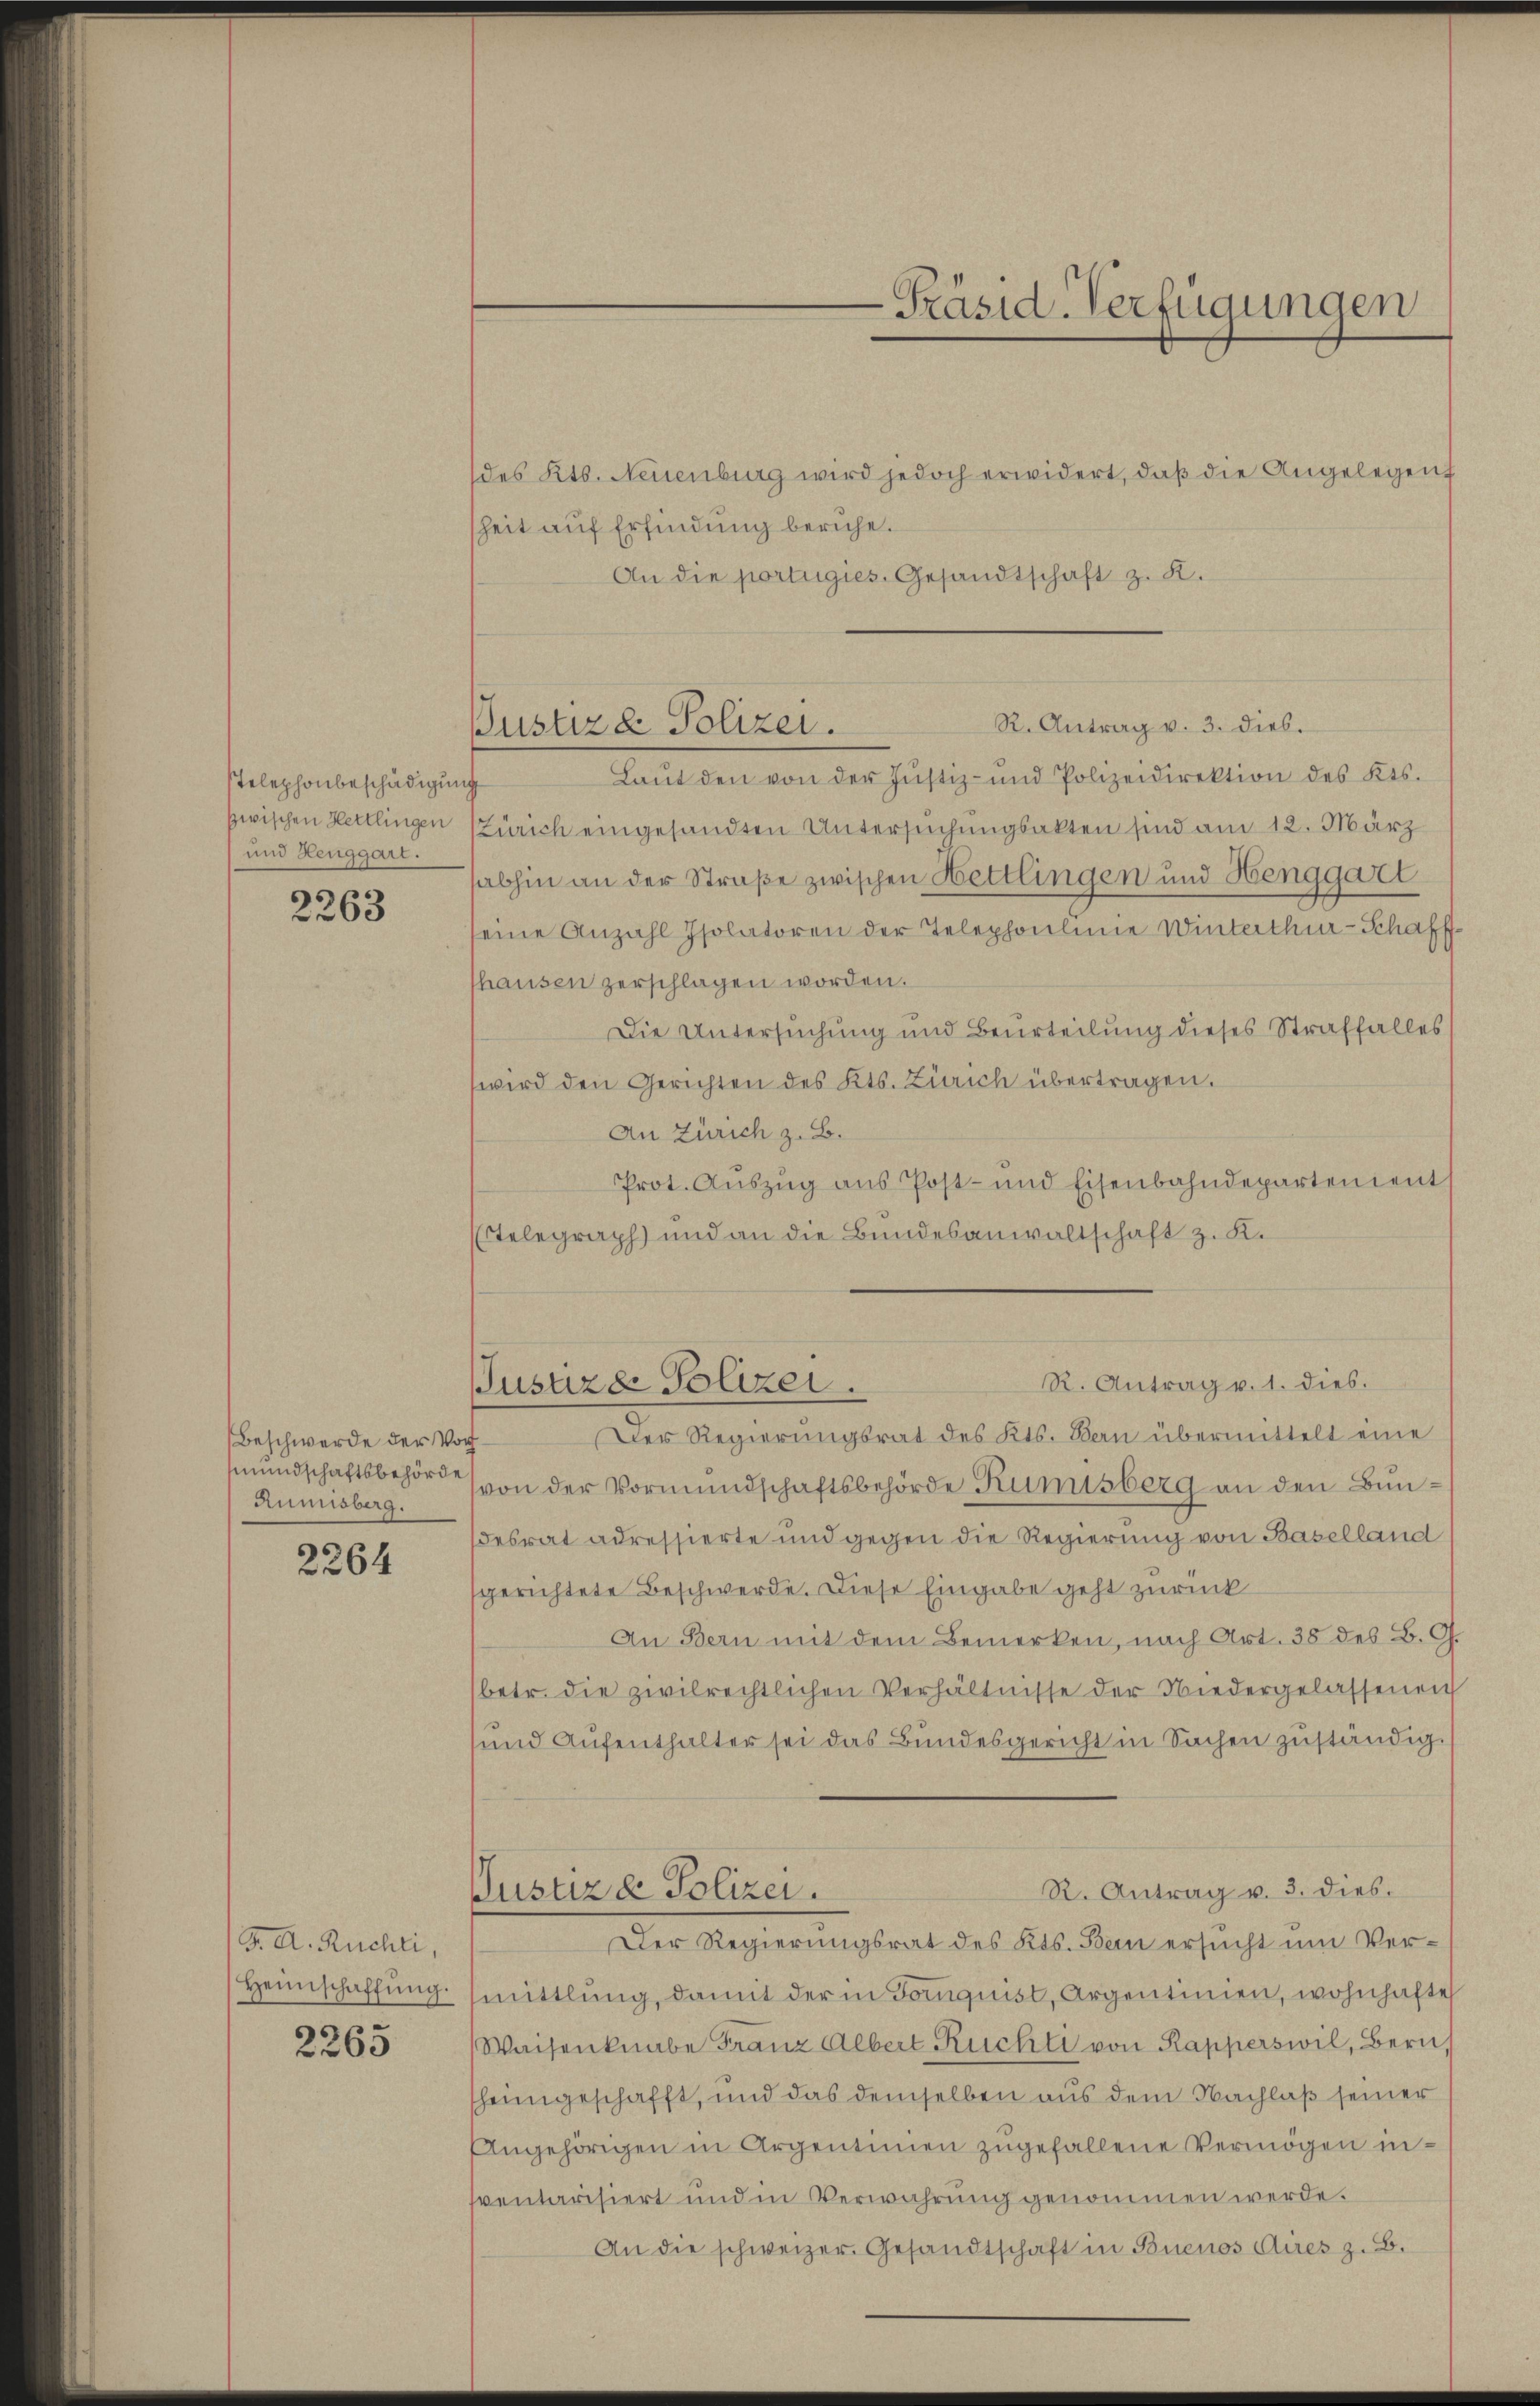
Telephonbeschädigung
zwischen Hettlingen
und Henggart.

2263

Beschwerde der Vor¬
Mundschaftsbehörde
Rumisberg.

2264

J. A. Ruchti,
Heimschaffŭng.

2265

Bustiz & Polizei.

-Präsid-Verfügungen

des Kts. Neuenburg wird jedoch erwidert, daβ die Angelegen
sheit auf Erfindung beruhe.
An die portugies. Gesandtschaft z. K.
R. Antrag v. 3. dieb.
Laŭt den von der Justiz- und Polizeidirektion des Kts.
Zürich eingesandten Untersuchungsakten sind am 12. März
abhin an der Straße zwischen Hettlingen und Henggart
seine Anzahl Isolatoren der Telephoulinie Winterthur-Schaffhausen zerschlagen worden.
Die Untersuchung und Beurteilung dieses Straffalles
wird den Gerichten des Kts. Zürich übertragen.
An Zürich z. B.
Prot. Auszug aus Post- und Eisenbahndepartenient
Telegraph) und an die Bundesanwaltschaft z. K.
R. Antrag v. 1. dies.
Justizde Polizei.
Der Regierungsrat des Kts. Bern übermittelt eine
von der Vormundschaftsbehörde Kunisberg an den Bundesrat adressierte und gegen die Regierung von Baselland
gerichtete Beschwerde. Diese Eingabe geht zurück
An Bern mit dem Bemerken, nach Art. 38 des B. G.
betr. die zivilrechtlichen Verhältnisse der Niedergelassenen
und Aufenthalter sei das Bundesgericht in Sachen zuständig.
R. Antrag u. 3. dies.
Pustiz & Polizei.
Der Regierungsrat des Kts. Bern ersucht um Vermittlung, damit der in Fornquist, Argentimen, wohnhafte
Waisenknabe Franz Albert Ruchte von Rapperswil, Bern,
heimgeschafft, und das demselben aus dem Nachlaß seiner
ngehörigen in Argentinien zugefallene Vermögen inventarisiert und in Verwahrung genommen werde.
An die schweizer. Gesandtschaft in Buenos Aires z. B.